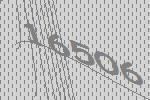
16506